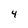
Character: 4